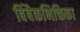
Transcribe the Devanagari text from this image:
बिंबैकभिक्तिका